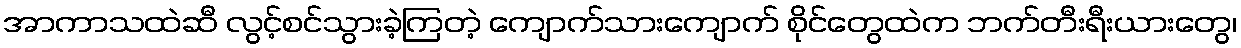
အာကာသထဲဆီ လွင့်စင်သွားခဲ့ကြတဲ့ ကျောက်သားကျောက် စိုင်တွေထဲက ဘက်တီးရီးယားတွေ၊